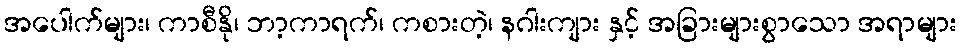
အပေါက်များ၊ ကာစီနို၊ ဘာ့ကာရက်၊ ကစားတဲ့၊ နဂါးကျား နှင့် အခြားများစွာသော အရာများ